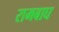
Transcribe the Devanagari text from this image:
रामबाघ